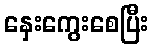
နှေးကွေးစေပြီး